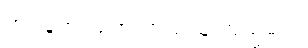
အရန်တပ်တွေ ဘယ်သူကြည့်မလဲ